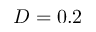
D = 0 . 2